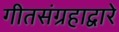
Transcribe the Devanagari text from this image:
गीतसंग्रहाद्वारे